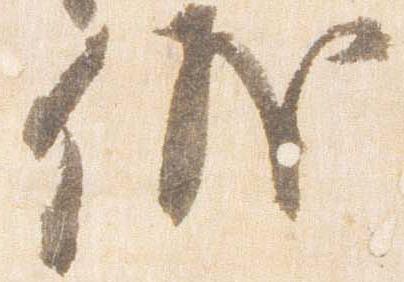
儀